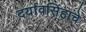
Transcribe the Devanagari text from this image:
दर्यावसिंहाचे